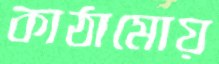
কাঠামোয়